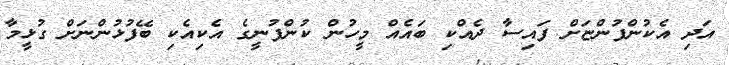
އަދި އެކުންފުންޏަށް ފައިސާ ދެއްކި ބައެއް މީހުން ކުންފުނީގެ އެކިއެކި ބޭފުޅުންނަށް ގުޅީމާ